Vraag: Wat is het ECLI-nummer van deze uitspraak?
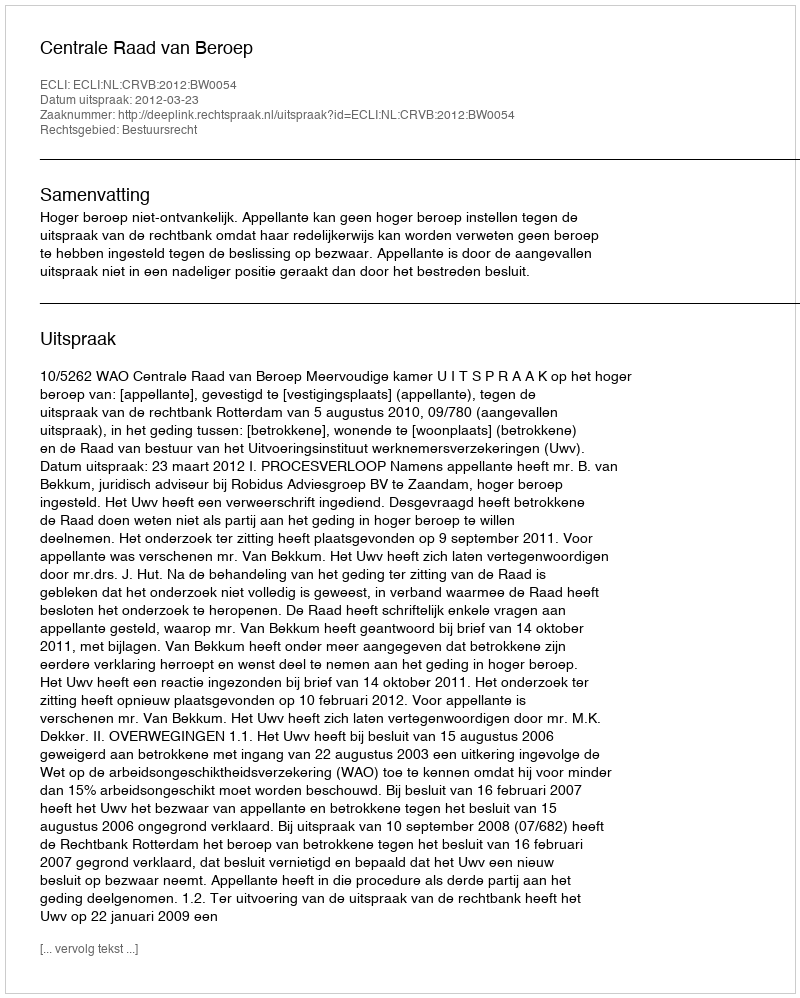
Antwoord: ECLI:NL:CRVB:2012:BW0054